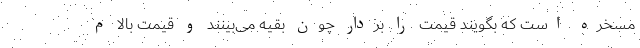
مسخره است که بگویند قیمت را بردار چون بقیه می‌بینند و قیمت بالا م